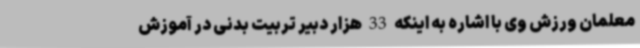
معلمان ورزش وی با اشاره به اینکه 33 هزار دبیر تربیت بدنی در آموزش